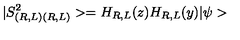
| S _ { ( R , L ) ( R , L ) } ^ { 2 } > = H _ { R , L } ( z ) H _ { R , L } ( y ) | \psi >